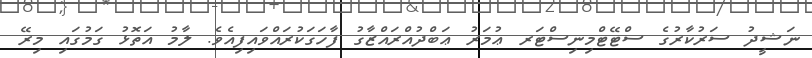
ނަޝީދު ސަރުކާރުގެ ސްޓޭޓްމިނިސްޓަރ ޢުމަރު ޢަބްދުއްރައްޒާގު ފާހަގަކުރައްވައިފިއެވެ. ލާމު އަތޮޅު ގަމުގައި މިރޭ